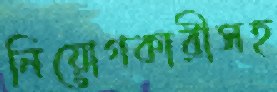
নিয়োগকারীসহ